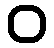
၀